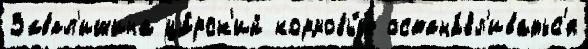
Завал'ишина ца́рск'ий кормовы́е остана́вл'иватьс'я